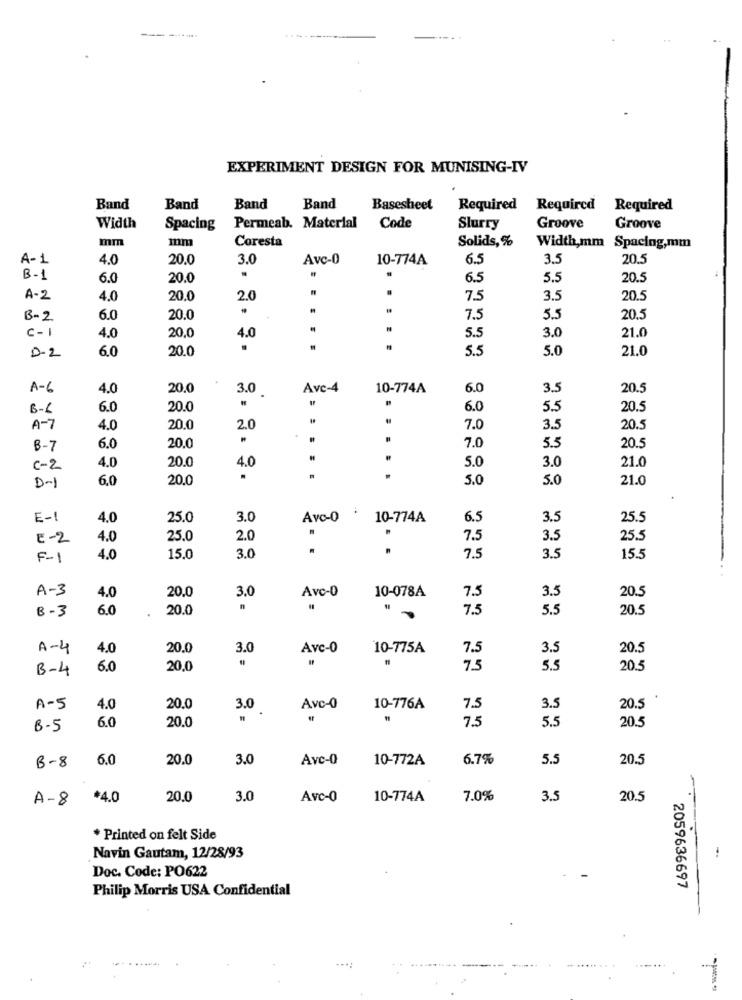
EXPERIMENT DESIGN FOR MUNISING-IV
Band
Band
Band
Band
Basesheet
Required Required Required
Width
Spacing
Permeab. Material
Code
Slurry
Groove
Groove
mm
mm
Coresta
Solids, %
Width,mm Spacing,mm
A-1
4.0
20.0
3.0
Avc-0
10-774A
6.5
3.5
20.5
B-1
6.0
20.0
.
6.5
5.5
20.5
A-2
4.0
20.0
2.0
7.5
3.5
20.5
B-2
6.0
20.0
7.5
5.5
20.5
c-I
4.0
20.0
4.0
5.5
3.0
21.0
6.0
20.0
5.5
5.0
21.0
D-2
A-6
4.0
20.0
3.0
Avc-4
10-774A
6.0
3.5
20.5
6-
6.0
20.0
6.0
5.5
20.5
A - 7
4.0
20.0
2.0
7.0
3.5
20.5
B-7
6.0
20.0
7.0
5.5
20.
4.0
21.0
C-2
20.0
4.0
5.0
3.0
6.0
20.0
....
5.0
5.0
21.0
D-1
E-1
4.0
25.0
3.0
Avc-0
10-774A
6.5
3.5
25.5
E-2
4.0
25.0
2.0
7.5
3.5
25.5
3.0
.
7.5
3.5
F-1
4.0
15.0
15.5
A-3
Avc-0
10-078A
3.5
20.5
4.0
20.0
3.0
7.5
8-3
6.0
20.0
7.5
5.5
20.5
A-4
4.0
20.0
3.0
Avc-0
10-775A
7.5
3.5
20.5
B-4
6.0
20.0
7.5
5.5
20.5
A-5
4.0
20.0
3.0
Avc-0
10-776A
7.5
3.5
20.5
6.0
20.0
7.5
5.5
20.
B-5
B-8
6.0
20.0
3.0
Avc-0
10-772A
6.7%
5.5
20.5
A-8 *4.0
20.0
3.0
Avc-0
10-774A
7.0%
3.5
20.5
* Printed on felt Side
Navin Gautam, 12/28/93
Doc. Code: PO622
Philip Morris USA Confidential
2059636697